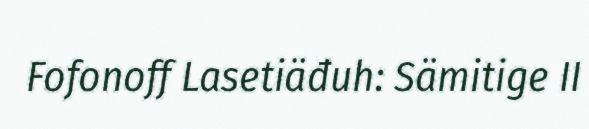
Fofonoff Lasetiäđuh: Sämitige II